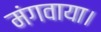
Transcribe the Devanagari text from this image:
मंगवाया।